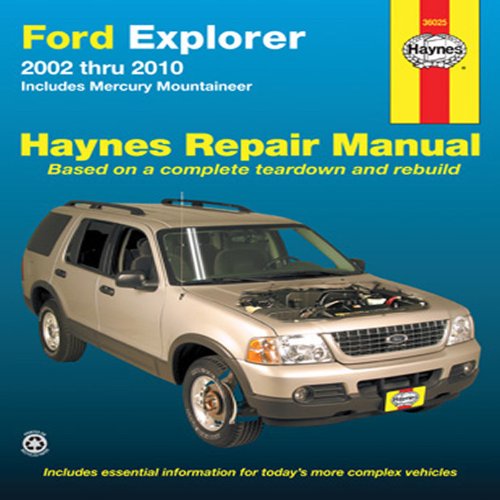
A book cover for Ford Explorer 2002 thru 2010: Includes Mercury Mountineer (Haynes Repair Manual); Max Haynes; Engineering & Transportation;